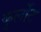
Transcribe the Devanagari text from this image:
कुर्लोट